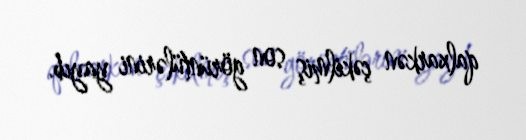
qalxarkən çəkilmiş son görüntülərini yayıb.